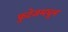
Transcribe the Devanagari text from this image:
फुटेजमधून